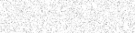
٤١